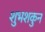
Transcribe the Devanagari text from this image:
शुभशकुन